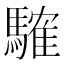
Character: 䮤